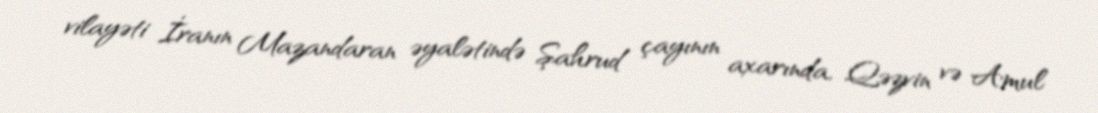
vilayəti İranın Mazandaran əyalətində Şahrud çayının axarında, Qəzvin və Amul